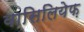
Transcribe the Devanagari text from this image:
वासिलियेफ़